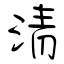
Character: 清